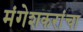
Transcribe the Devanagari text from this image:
मंगेशकरांचा